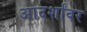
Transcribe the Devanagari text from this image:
आदर्शांवर